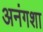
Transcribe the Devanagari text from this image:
अनंगशा